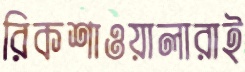
রিকশাওয়ালারাই